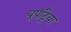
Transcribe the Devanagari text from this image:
यूपॅट्रिया